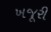
ખજૂરી